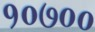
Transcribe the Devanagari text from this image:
१०७००